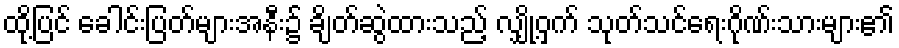
ထို့ပြင် ခေါင်းပြတ်များအနီး၌ ချိတ်ဆွဲထားသည့် လျှို့ဝှက် သုတ်သင်ရေးဂိုဏ်းသားများ၏